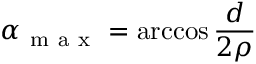
\alpha _ { \mathrm { ~ m ~ a ~ x ~ } } = \operatorname { a r c c o s } { \frac { d } { 2 \rho } }